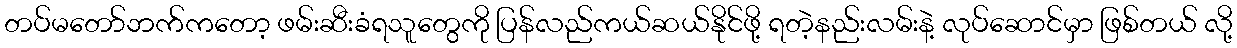
တပ်မတော်ဘက်ကတော့ ဖမ်းဆီးခံရသူတွေကို ပြန်လည်ကယ်ဆယ်နိုင်ဖို့ ရတဲ့နည်းလမ်းနဲ့ လုပ်ဆောင်မှာ ဖြစ်တယ် လို့